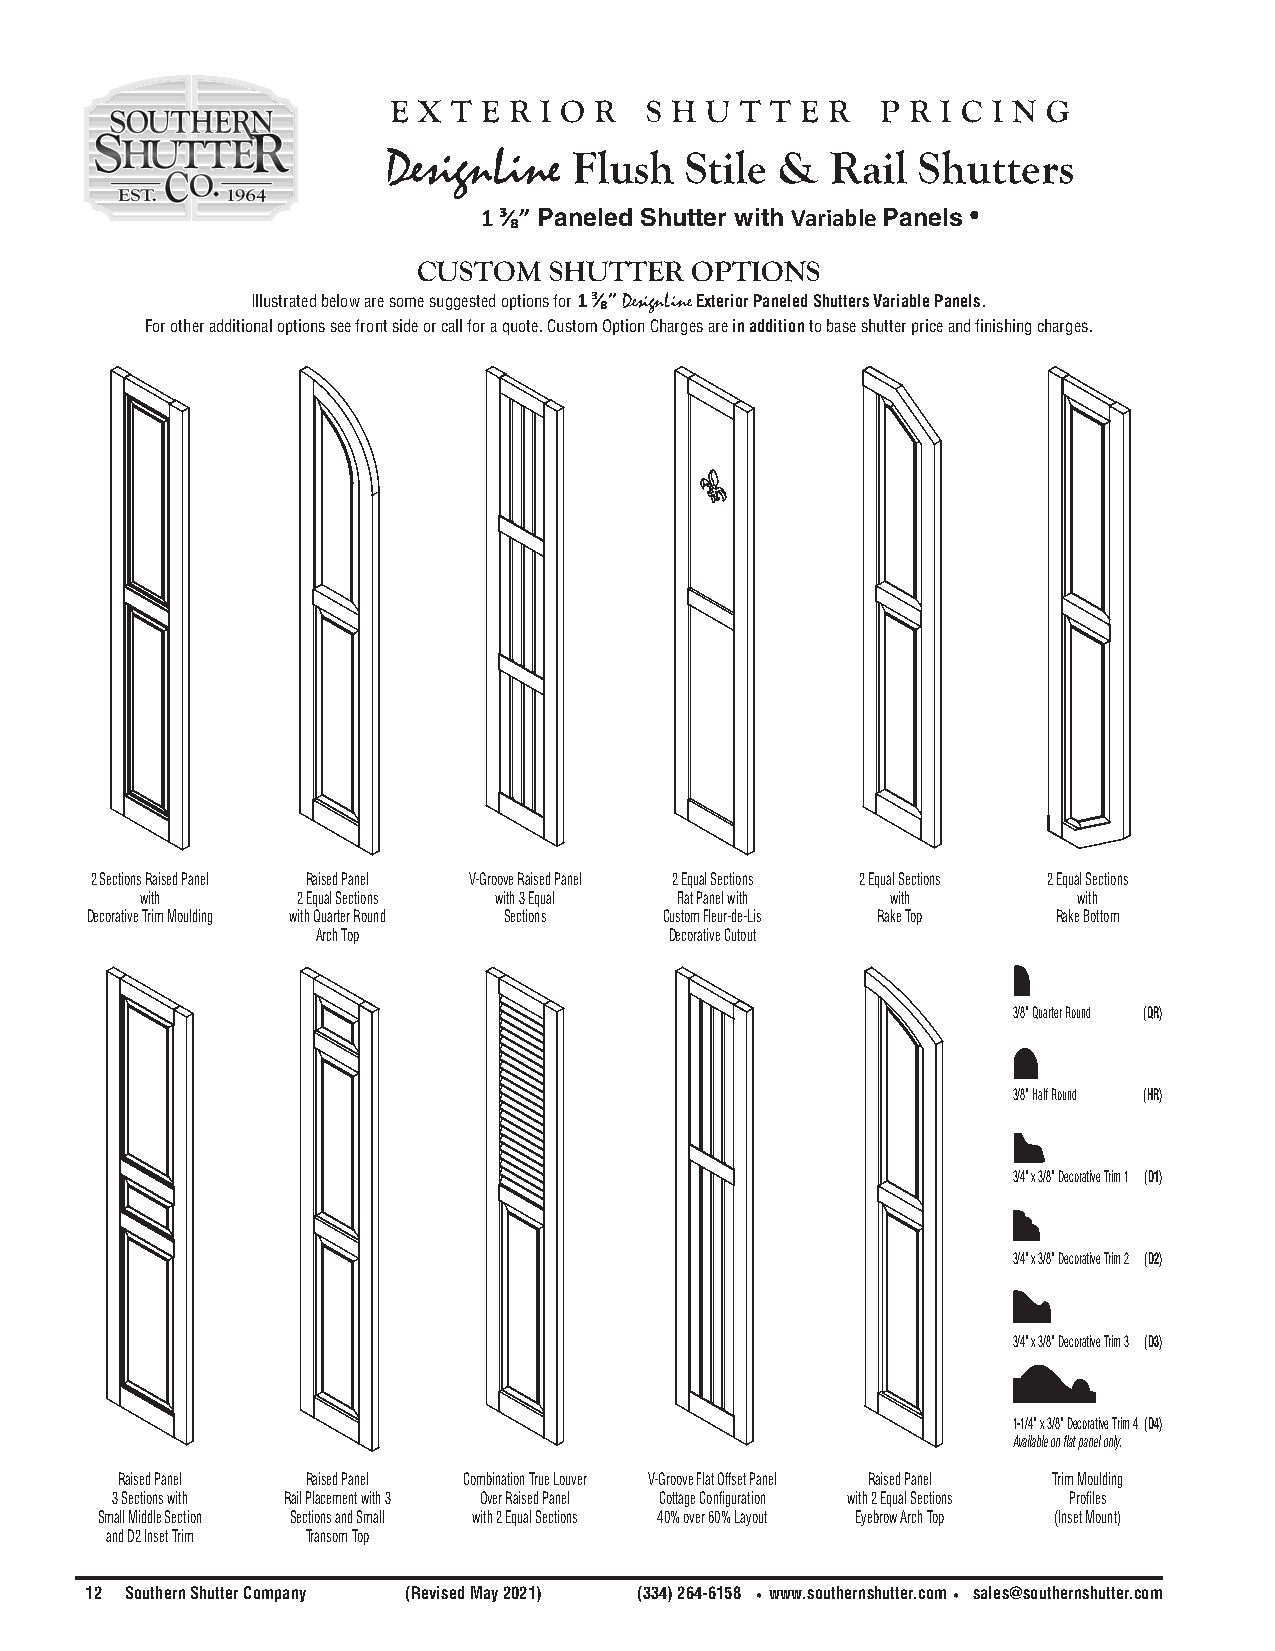
e x t e r i o r  s h u t t e r  p r i c i n g
 DesignLine  Flush  Stile  &  Rail  Shutters
 1 ³⁄₈” Paneled Shutter with Variable Panels •
 CUSTOM  SHUTTER   OPTIONS
 Illustrated below are some suggested options for 1 ³⁄₈” DesignLine Exterior Paneled Shutters Variable Panels.
 For other additional options see front side or call for a quote. Custom Option Charges are in addition to base shutter price and finishing charges.
 2 Sections Raised Panel Raised Panel V-Groove Raised Panel 2 Equal Sections 2 Equal Sections 2 Equal Sections
 with       2 Equal Sections with 3 Equal Flat Panel with with with
 Decorative Trim Moulding with Quarter Round Sections Custom Fleur-de-Lis Rake Top Rake Bottom
 Arch Top               Decorative Cutout
 3/8” Quarter Round (QR)
 3/8” Half Round (HR)
 3/4” x 3/8” Decorative Trim 1 (D1)
 3/4” x 3/8” Decorative Trim 2 (D2)
 3/4” x 3/8” Decorative Trim 3 (D3)
 1-1/4” x 3/8” Decorative Trim 4 (D4)
 Available on flat panel only.
 Raised Panel Raised Panel Combination True Louver V-Groove Flat Offset Panel Raised Panel Trim Moulding
 3 Sections with Rail Placement with 3 Over Raised Panel Cottage Configuration with 2 Equal Sections Profiles
 Small Middle Section Sections and Small with 2 Equal Sections 40% over 60% Layout Eyebrow Arch Top (Inset Mount)
 and D2 Inset Trim Transom Top
 12 Southern Shutter Company (Revised May 2021) (334) 264-6158 •www.southernshutter.com• sales@southernshutter.com